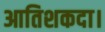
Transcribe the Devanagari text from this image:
आतिशकदा।